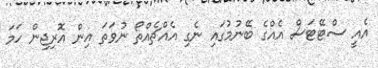
އެއީ ސްޓޭޓަސް އެއްގެ ބޭނުމުގައި ނެގި އެއްޗެއްތޯ ނުވަތަ އިން އޮރިޖިން ހަމަ